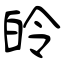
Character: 皊